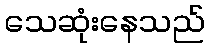
သေဆုံးနေသည်